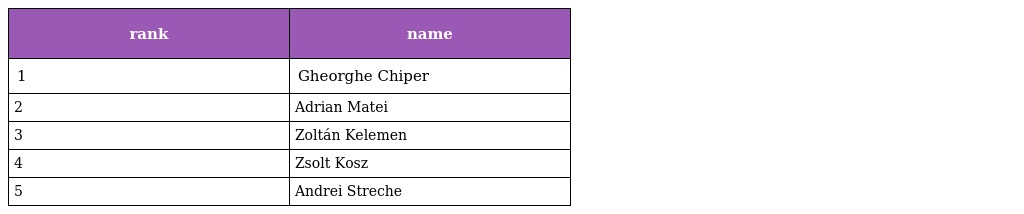
| rank | name |
 | --- | --- |
 | 1 | Gheorghe Chiper |
 | 2 | Adrian Matei |
 | 3 | Zoltán Kelemen |
 | 4 | Zsolt Kosz |
 | 5 | Andrei Streche |